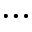
\cdots